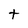
Character: t